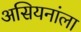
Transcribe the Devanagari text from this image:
असियनांला